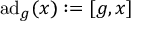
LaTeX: \operatorname { a d } _ { g } ( x ) : = [ g , x ]